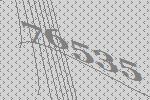
76535